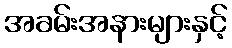
အခမ်းအနားများနှင့်